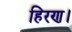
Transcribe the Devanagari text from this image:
हिरण।